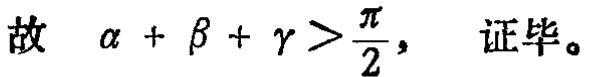
故 $\alpha + \beta + \gamma > \frac{\pi}{2}$，证毕。